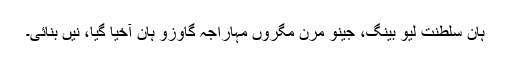
ہان سلطنت لیو بینگ، جینو مرن مگروں مہاراجہ گاوزو ہان آخیا گيا، نیں بنائی۔